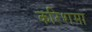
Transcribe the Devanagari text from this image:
करिशमा